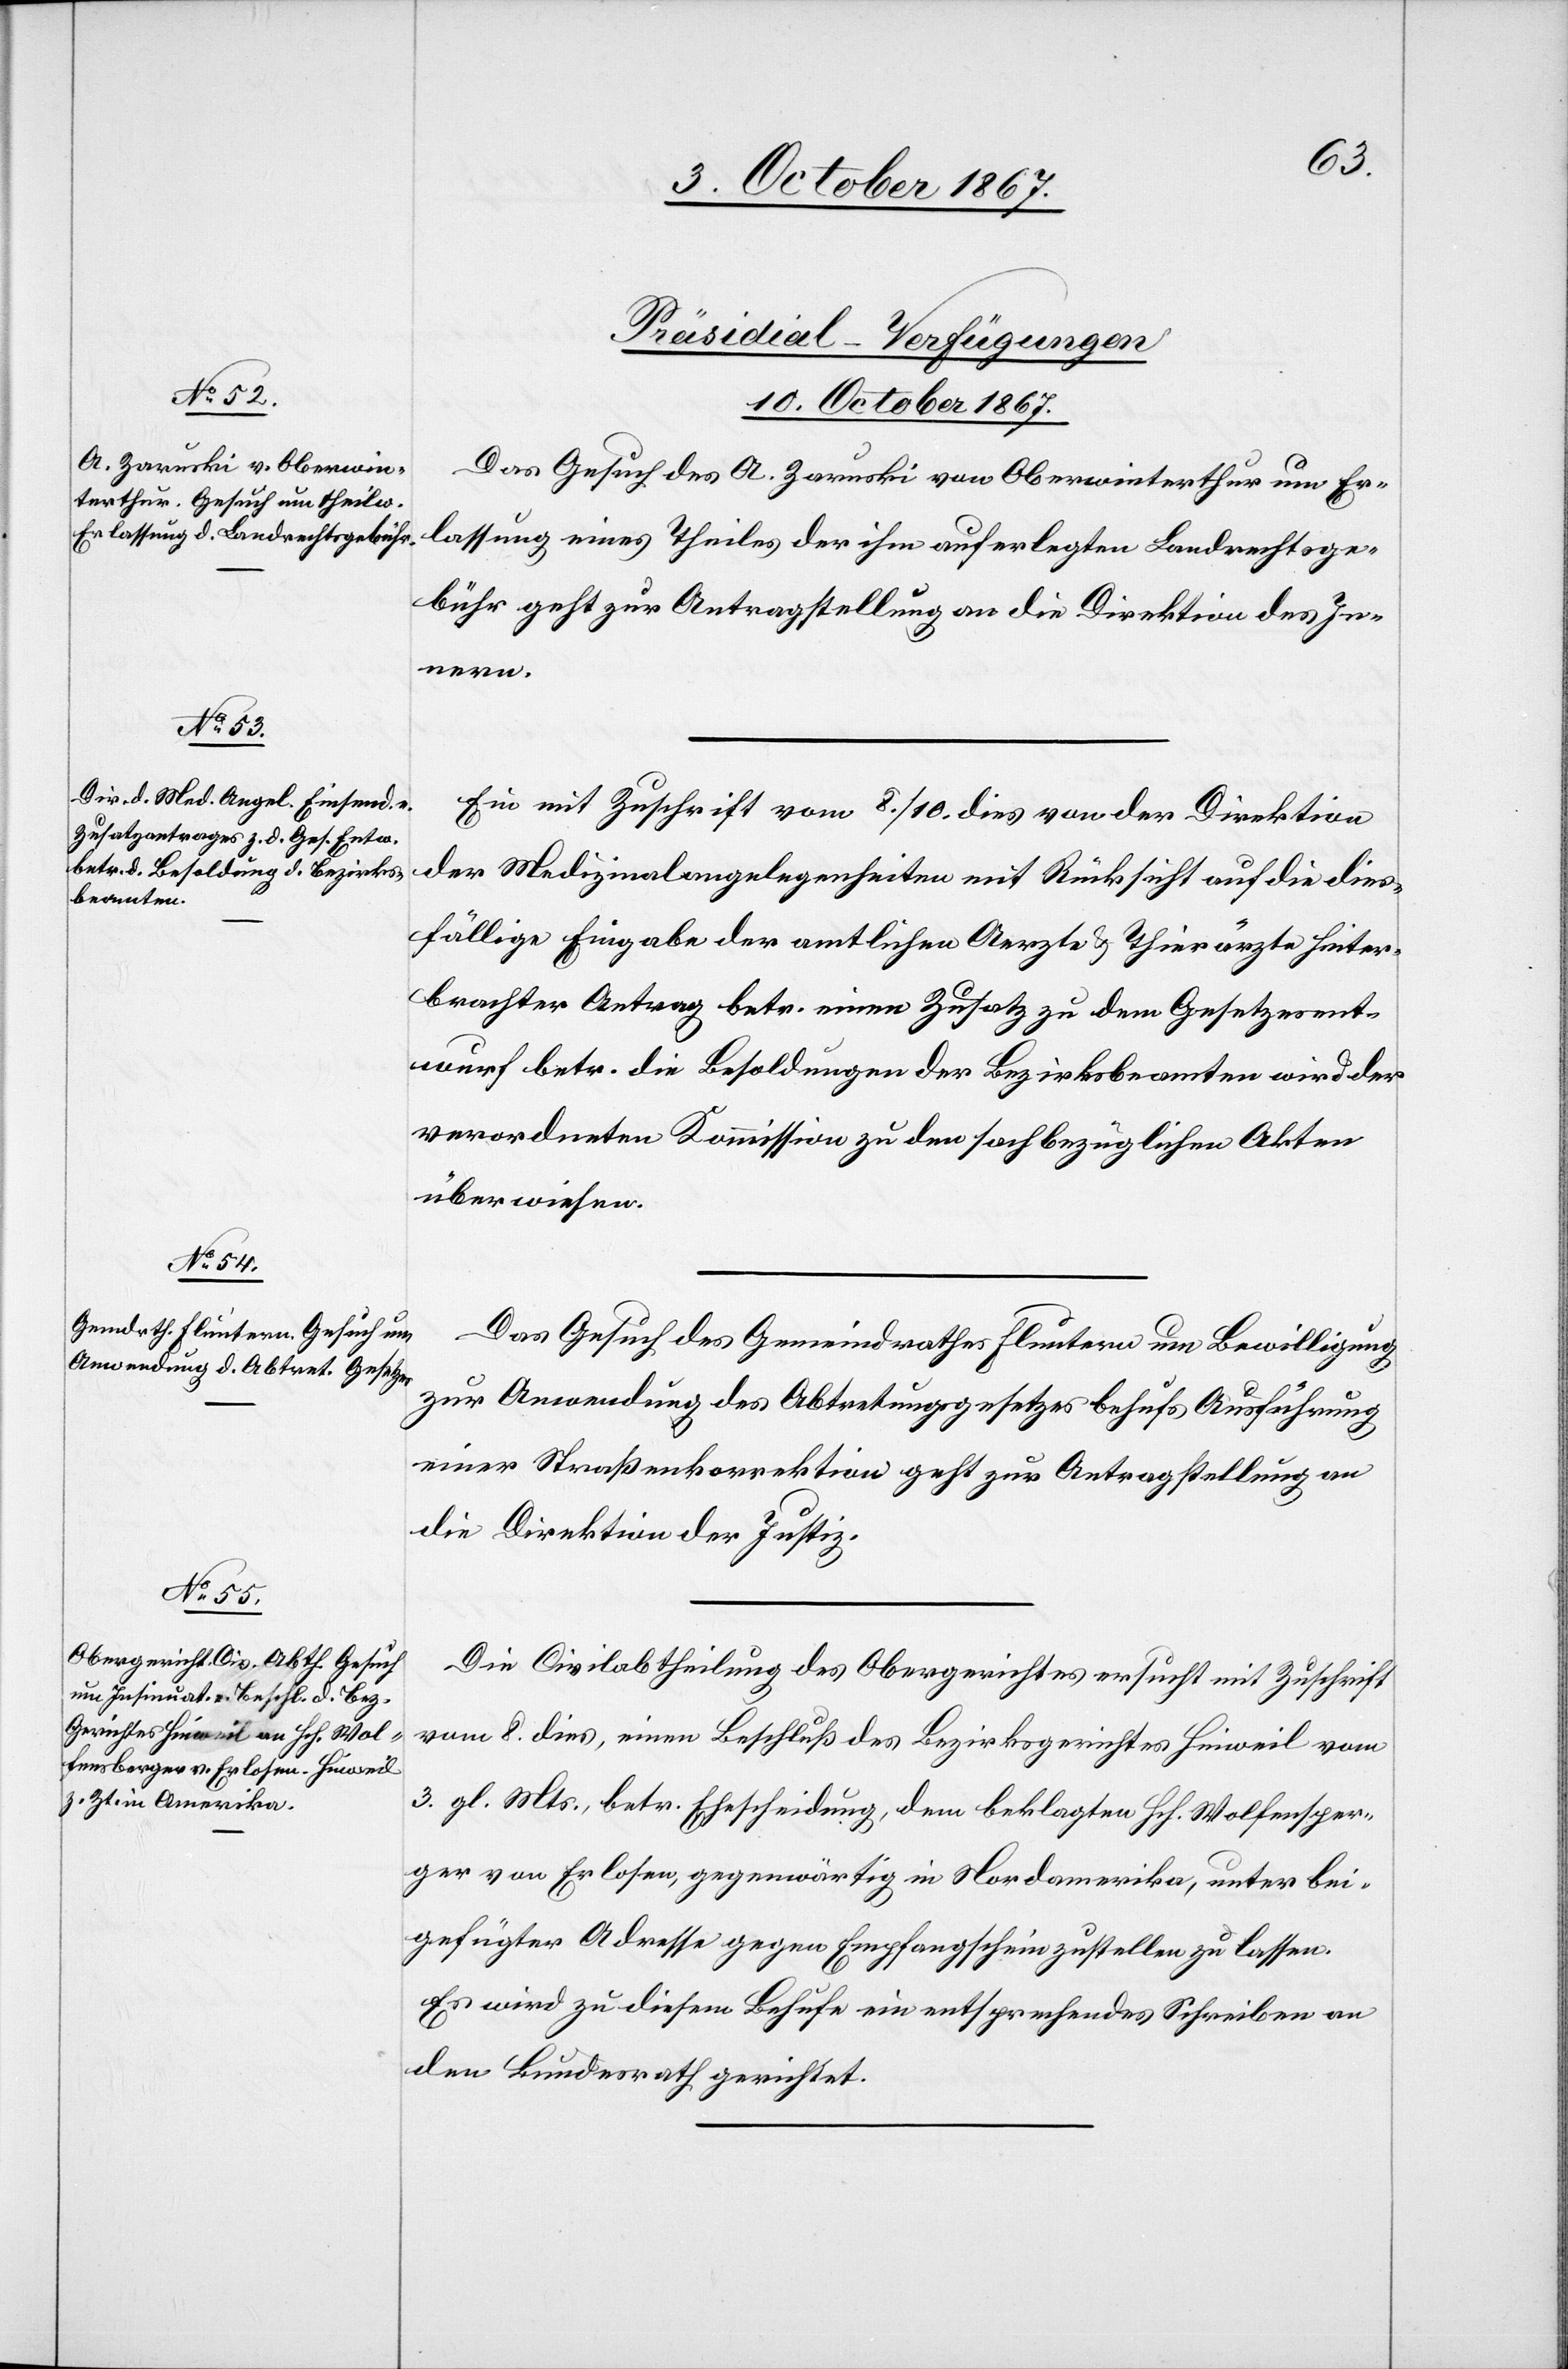
ger
[Präsidial-Verfügungen.
10. October 1867.]
Das Gesuch des A. Zaruski von Oberwinterthur um Er¬
lassung eines Theiles der ihm auferlegten Landrechtsge¬
bühr geht zur Antragstellung an die Direktion des In¬
nern.
Ein mit Zuschrift vom 8./10. dies von der Direktion
der Medizinalangelegenheiten mit Rücksicht auf die dies¬
fällige Eingabe der amtlichen Aerzte u. Thierärzte hinter¬
brachten Antrag betr. einen Zusatz zu dem Gesetzesent¬
wurf betr. d. Besoldungen der Bezirksbeamten wird der
verordneten Kommission zu den sachbezüglichen Akten
überwiesen.
Das Gesuch des Gemeindrathes Fluntern um Bewilligung
zur Anwendung des Abtretungsgesetzes behufs Ausführung
einer Straßenkorrektion geht zur Antragstellung an
die Direktion der Justiz.
Die Civilabtheilung des Obergerichtes ersucht mit Zuschrift
vom 8. dies, einen Beschluß des Bezirksgerichtes Hinweil vom
3. gl. Mts., betr. Ehescheidung, dem beklagten Hch. Wolfensper¬
von Erlosen, gegenwärtig in Nordamerika, unter bei¬
gefügter Adresse gegen Empfangschein zustellen zu lassen.
Es wird zu diesem Behufe ein entsprechendes Schreiben an
den Bundesrath gerichtet.